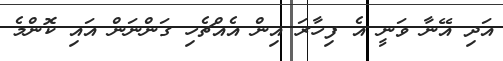
އަދި އޭނާ ވަނީ އެ ފިހާރަ އިން އެއްޗެހި ގަންނަން އައި ކޮންމެ